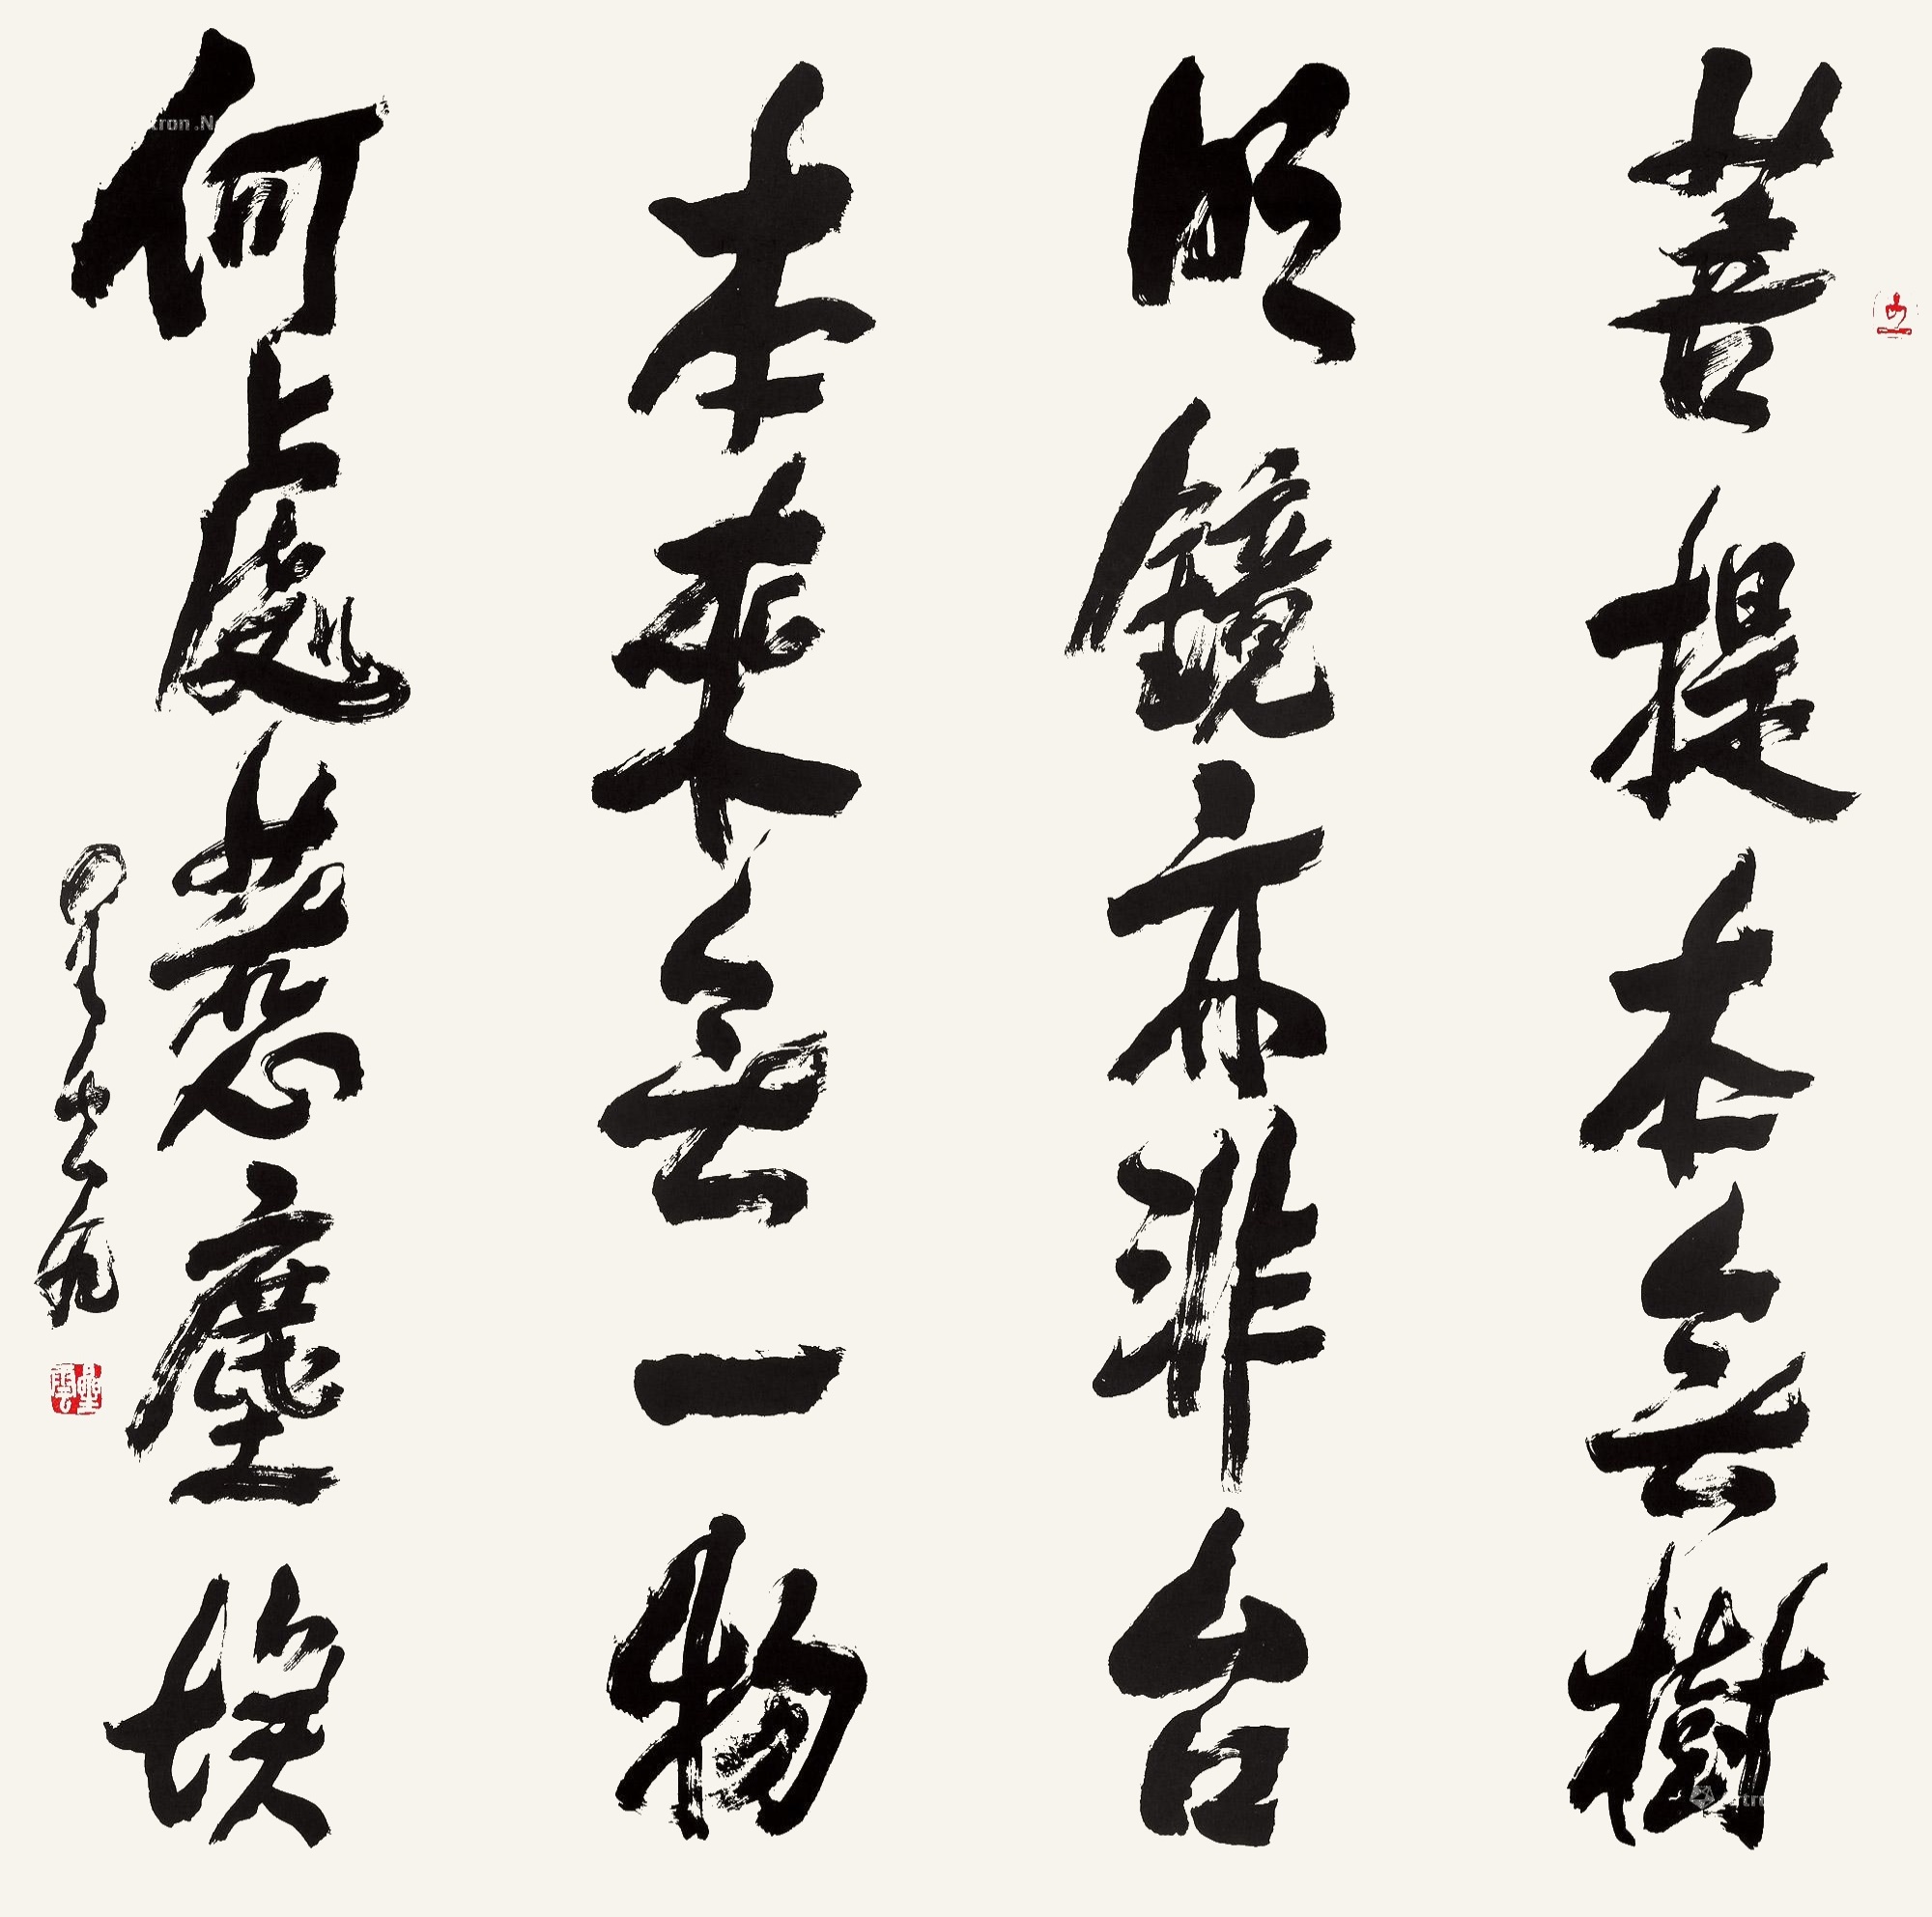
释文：菩提本无树，明镜亦非台，本来无一物，何处惹尘埃。星云。